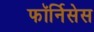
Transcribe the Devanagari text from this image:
फॉर्निसेस